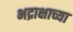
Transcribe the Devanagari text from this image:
भद्राक्षाच्या